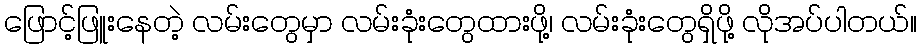
ဖြောင့်ဖြူးနေတဲ့ လမ်းတွေမှာ လမ်းခုံးတွေထားဖို့၊ လမ်းခုံးတွေရှိဖို့ လိုအပ်ပါတယ်။